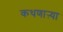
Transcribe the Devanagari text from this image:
कथणाऱ्या